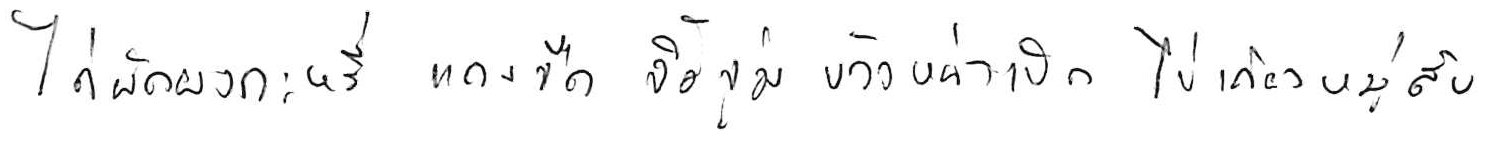
ไก่ผัดผงกะหรี่ แกงจืด จิ้มจุ่ม ข้าวหน้าเป็ด ไข่เจียวหมูสับ